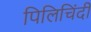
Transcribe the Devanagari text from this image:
पिलिचिंदी